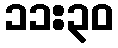
၁၁:၃၀